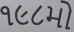
૧૯૮મો